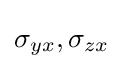
\sigma _{yx},\sigma _{zx}